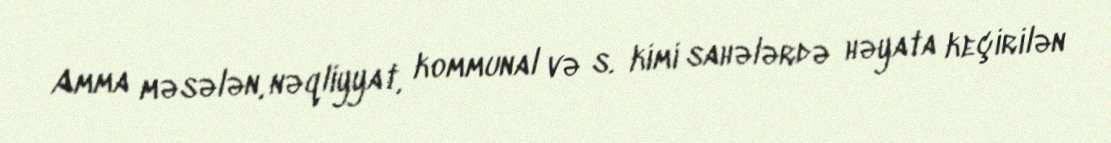
Amma məsələn, nəqliyyat, kommunal və s. kimi sahələrdə həyata keçirilən